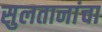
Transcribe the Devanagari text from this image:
सुलतानांचा